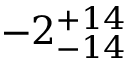
- 2 _ { - 1 4 } ^ { + 1 4 }